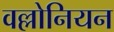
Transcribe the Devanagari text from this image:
वल्लोनियन